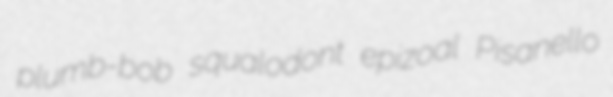
plumb-bob squalodont epizoal Pisanello